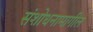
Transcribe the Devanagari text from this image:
संशोधनामागील